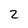
Character: 2